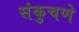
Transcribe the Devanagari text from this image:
संकुचणे